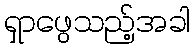
ရှာဖွေသည့်အခါ